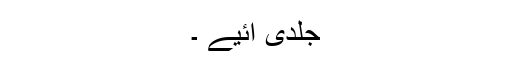
جلدی آئیے ۔